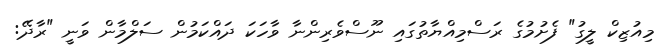
މިއުޒިކް ލީގު" ފެށުމުގެ ރަސްމިއްޔާތުގައި ނޫސްވެރިންނާ ވާހަކަ ދައްކަމުން ސަލްމާން ވަނީ "ރާދޭ: